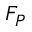
F _ { P }